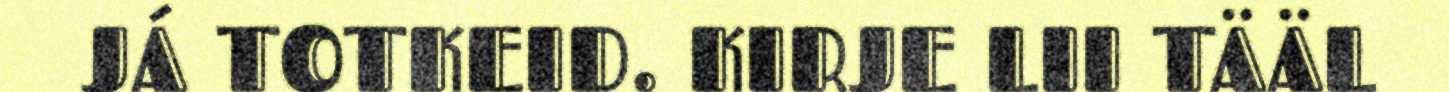
JÁ TOTKEID. KIRJE LII TÄÄL